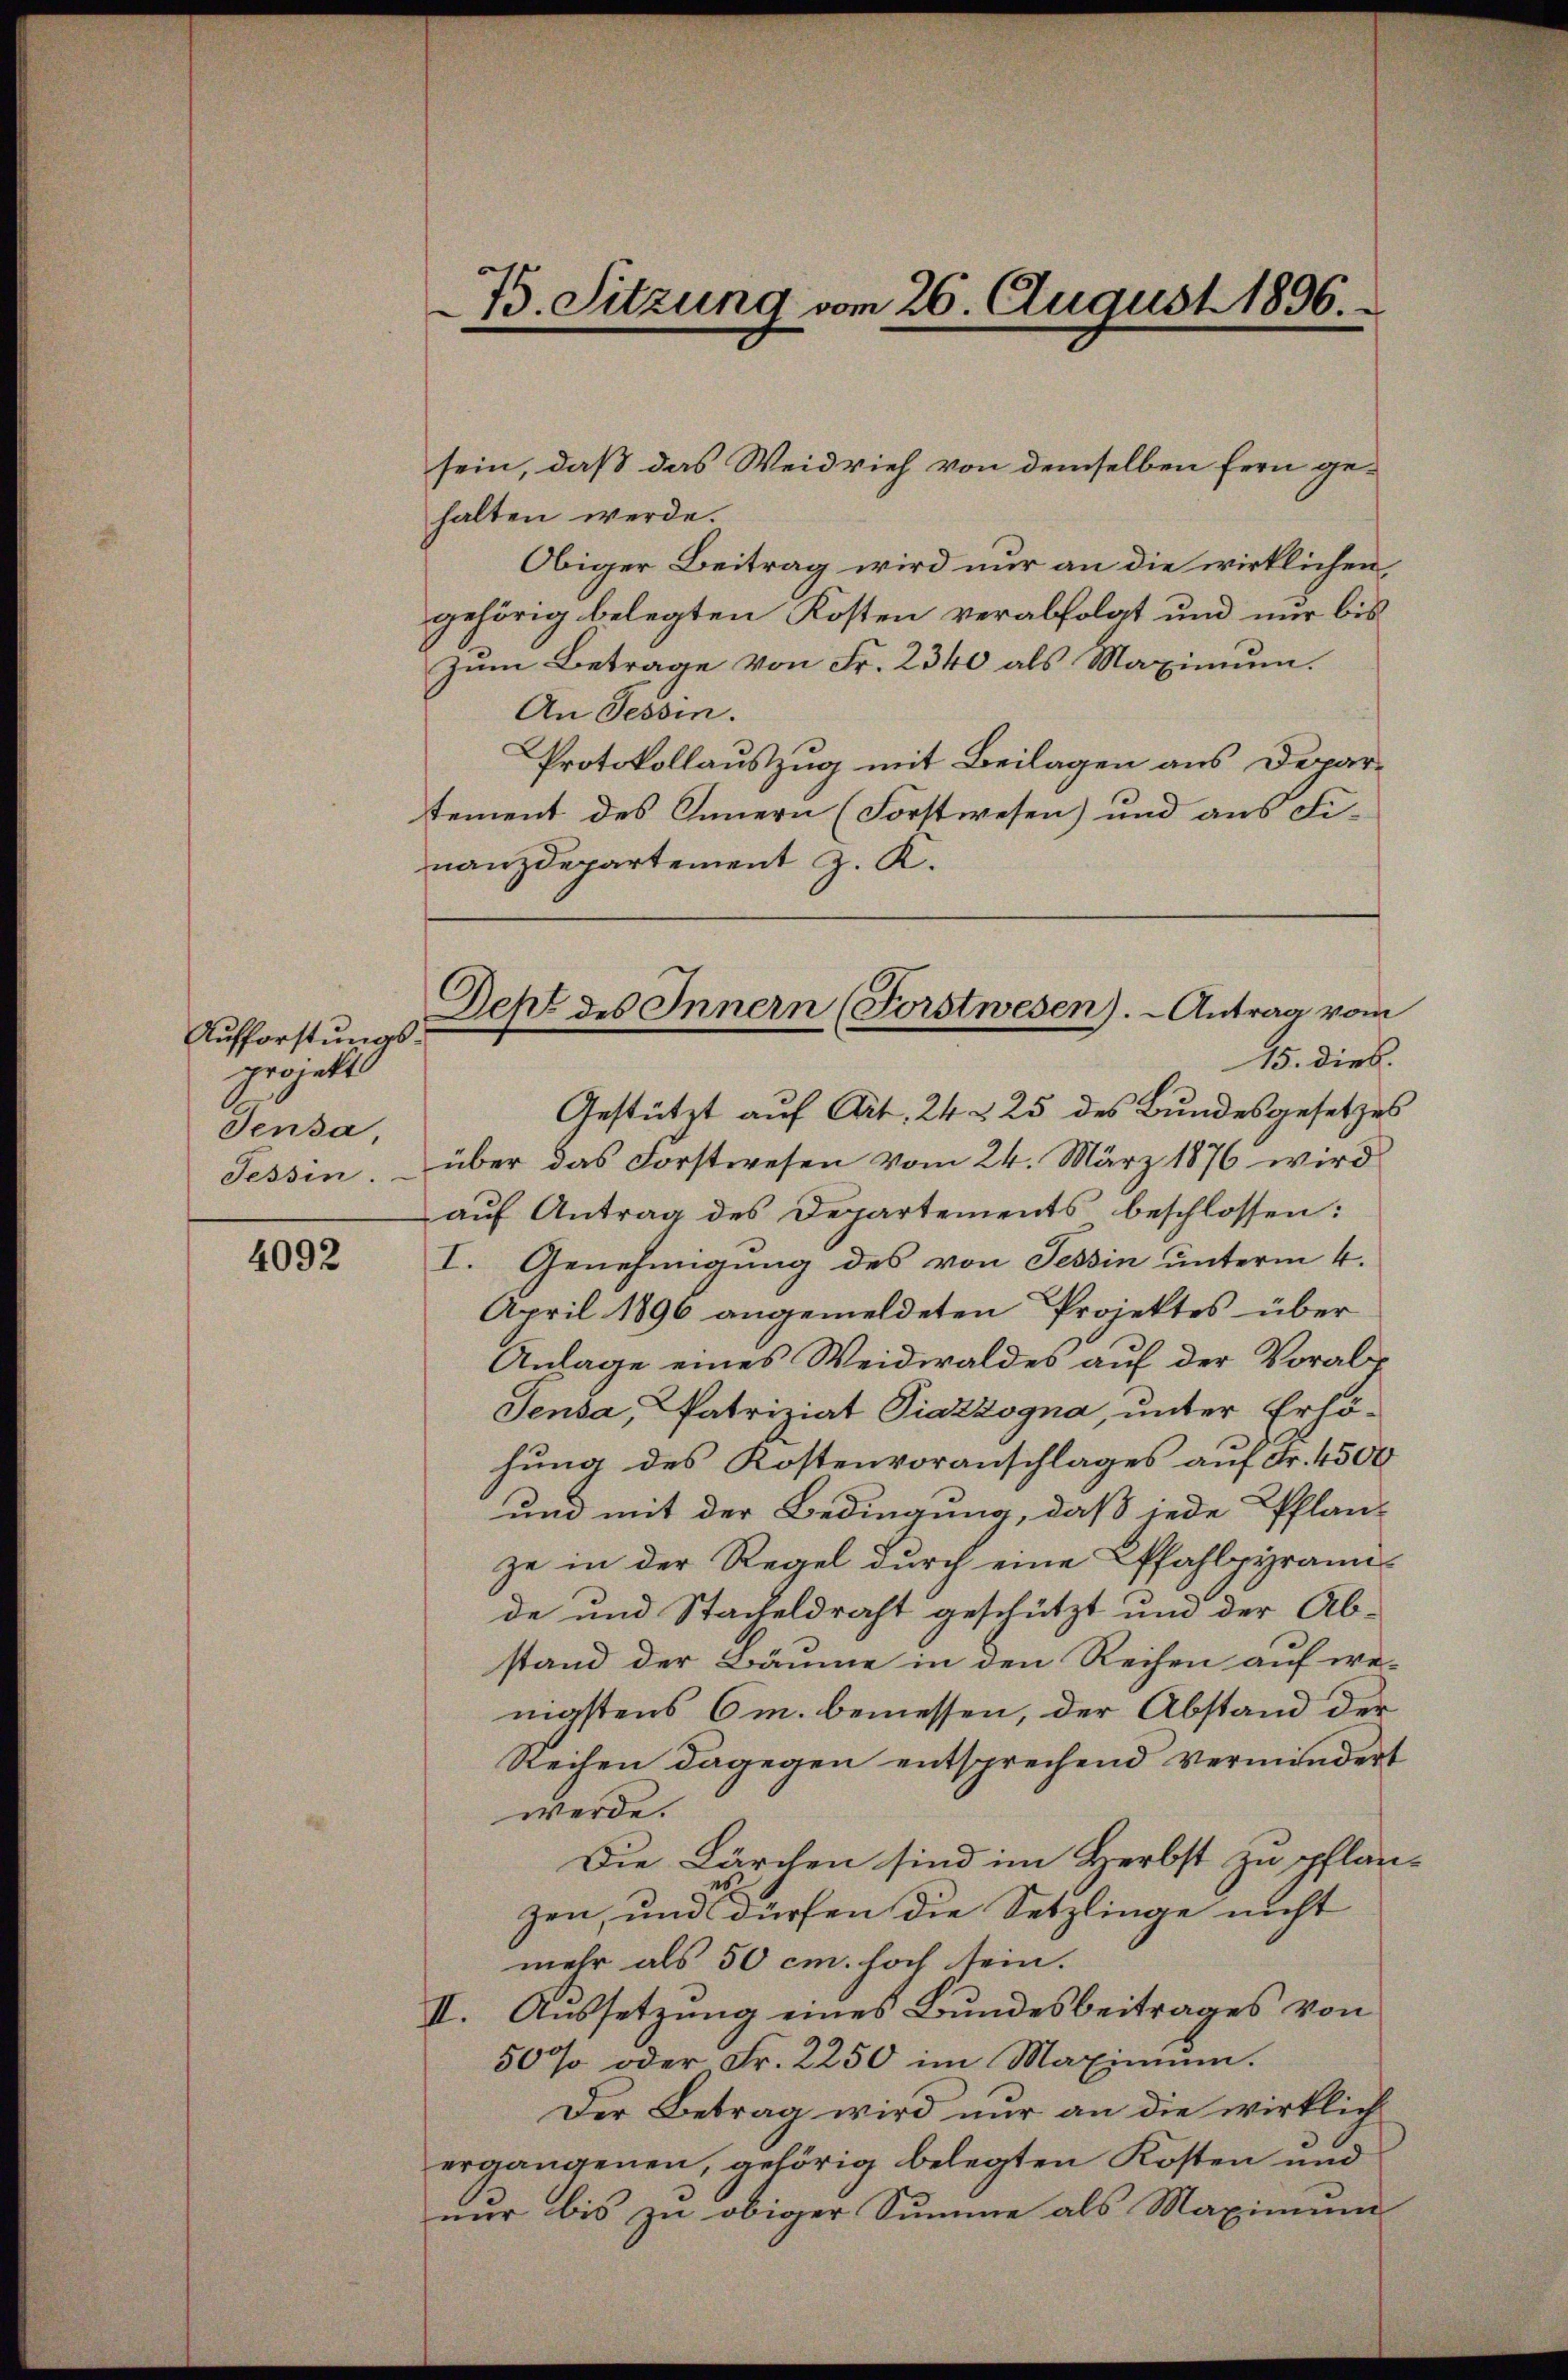
Aufforstungsprojekt
Sensa
Tessin.

4092

75. Sitzung vom 26. August 1896.

Deht des Innern (Forstwesen). - Antrag vom

sein, daß das Weidvieh von demselben fern gehalten werde.
Obiger Beitrag wird nur an die wirklichen
gehörig belegten Kosten verabfolgt und nur bis
Zum Betrage von Fr. 2340 als Maximum.
An Tessin.
Protokollauszug mit Beilagen aus Departement des Innern (Forstwesen) und aus Fi-
nanzdepartement J. K.
15. dieb.
Gestützt auf Art. 24 § 25 des Bundesgesetzes
über das Forstwesen vom 24. März 1876 wird
aŭf Antrag des Departements beschlossen:
I. Genehmigung des von Tessin unterm 4.
April 1896 angemeldeten Projektes über
Anlage eines Weidwaldes auf der Vorabs
Jensa, Patriziat Piazzogna, unter Erhöhung des Kostenvoranschlages auf Fr. 4500
und mit der Bedingung, daß jede Pflan-
ze in der Regel durch eine Pfahlpyrannde und Stackeldraht geschützt und der Ab-
stand der Bäume in den Reihen auf we-
nigstens 6m. bemessen, der Abstand der
Reihen dagegen entsprechend vermindert
werde.
Die Lärchen sind im Herbst zu pflänzen, und dürfen die Setzlinge nicht
mehr als 50 cm. hoch sein.
II. Aussetzung eines Bundesbeitrages von
50% oder Fr. 2250 im Maximum.
Der Betrag wird nur an die wirklich
ergangenen, gehörig belegten Kosten und
nur bis zu obiger Summe als Maximum